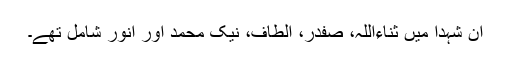
ان شہدا میں ثناءاللہ، صفدر، الطاف، نیک محمد اور انور شامل تھے۔